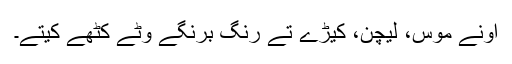
اونے موس، لیچن، کیڑے تے رنگ برنگے وٹے کٹھے کیتے۔